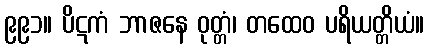
၉၉၁။ ပိဋကံ ဘာဇနေ ဝုတ္တံ၊ တထေဝ ပရိယတ္တိယံ။